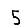
Digit: 5